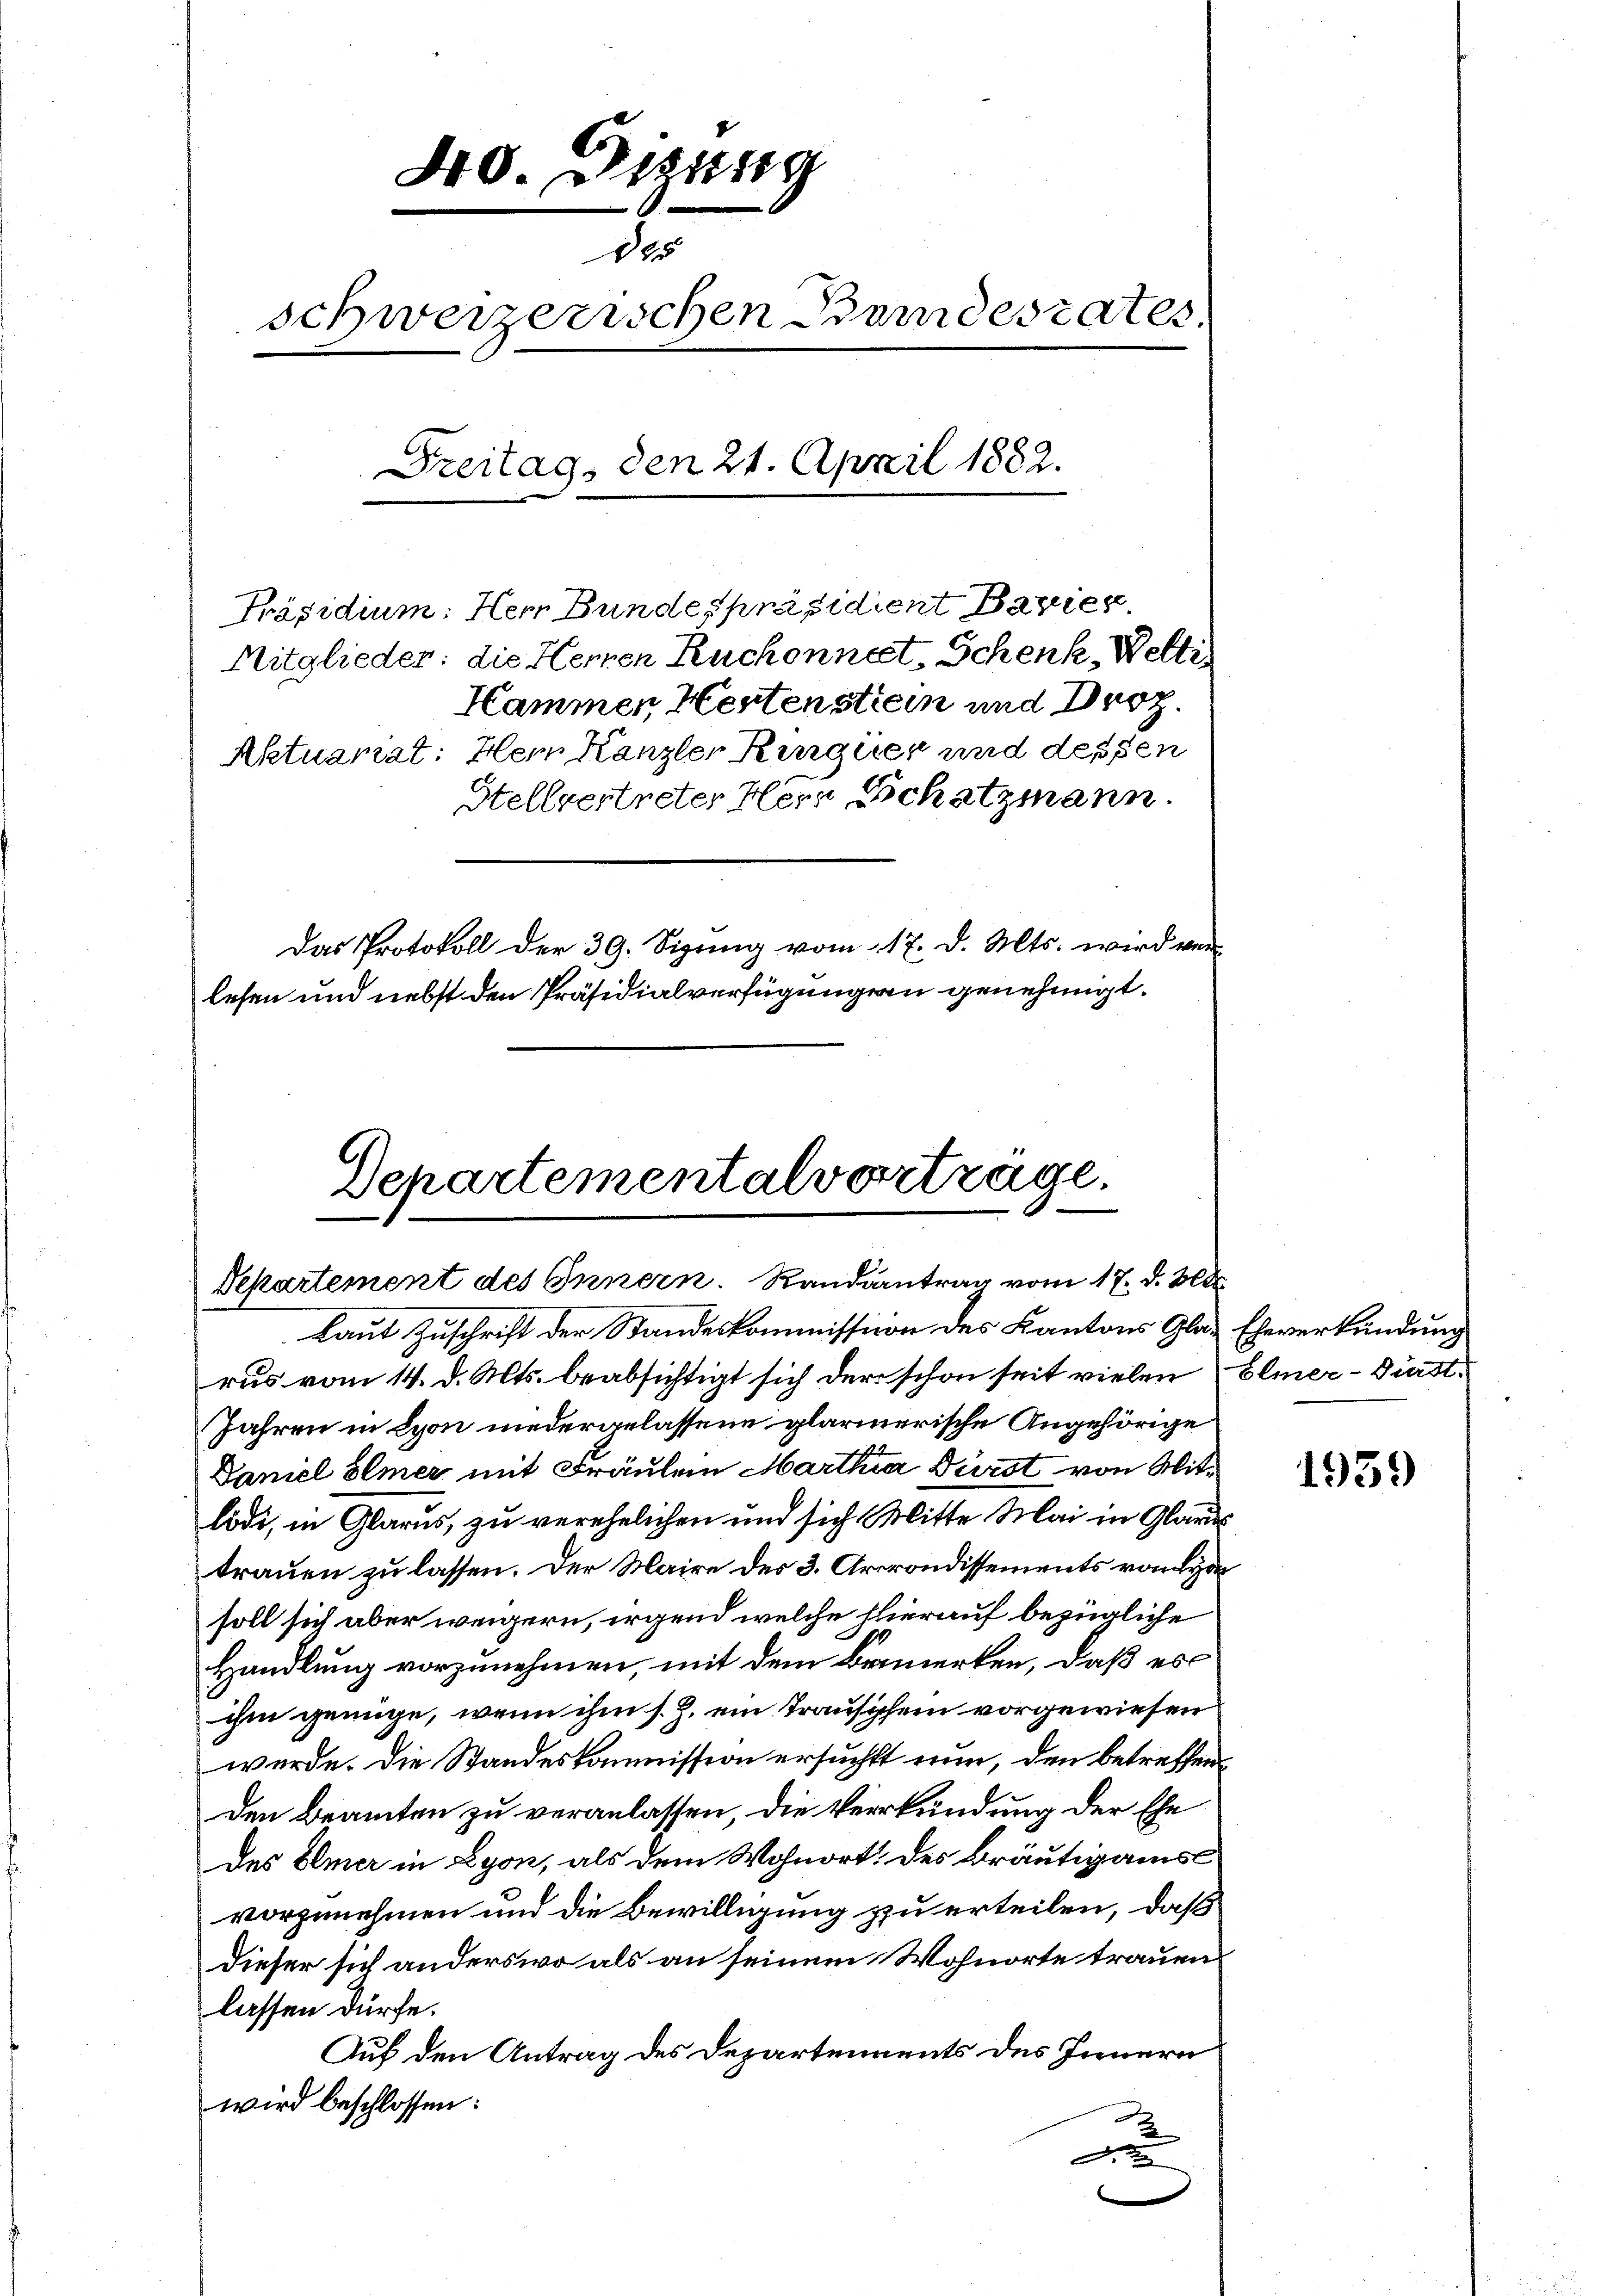
Präsidium: Herr Bundespräsidient Bavier
Mitglieder: die Hennen Ruchonnet, Schenk, Weltis
Aktuariat: Hem Kanzler Kurger und dessen

40. Dezung
de
schweizerischen Bundesrates.
Freitag, den 21. April 1882.

Hammen Hertenstrein und Droz.
Stellvertreter Herr Schatzmann.
Das Protokoll der 39. Sizung vom 17. d. Mts. wird ver-
lesen und nebst den Präsidialverfügungen genehmigt.

Departementalverträge.
Departement des Innern. Randantrag vom 17. d. Bed
laut Zuschrift der Standeskommission des Kantons Glas Eheverkündung

rus vom 14. d. Mts. beabsichtigt sich der schon seit vielen Elmer-Fürst¬
Jahren in Lyon niedergelassene glärmerische Angehörige
Daniel bemer mit Fräulein Marthia Dürst von Mitlödi, in Glarus, zu verehelichen und sich Mitte Mai in Glarus
trauen zu lassen. Der Maire des 3. Arrondissements vom Lede
soll sich aber weigern, irgend welche hierauf bezügliche
Handlung vorzunehmen, mit dem Brunerten, daß es
ihm genüge, wenn ihm s. Z. ein Trauspfein vorgewiesen
werde. Die Standeskommission ersucht nun, den betreffen¬
Den Beamten zu veranlassen, die Verkündung der Ehe
des Elmer in Lyon, als dem Wohnort: des Bräutigams
vorzunehmen und die Bewilligung zu erteilen, daß
dieser sich anderswo als an seinem Wohnorte trauen
lassen dürfe.
Auf den Antrag des Departements des Innern
wird beschlossen:
u

1959